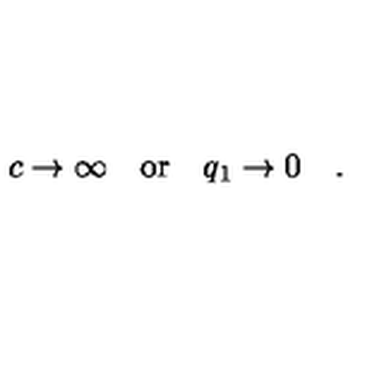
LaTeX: c \rightarrow \infty \quad \mathrm { o r } \quad q _ { 1 } \rightarrow 0 \quad .